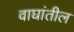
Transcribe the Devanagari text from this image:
वाघांतील